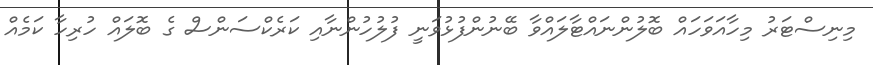
މިނިސްޓަރު މިހާއަވަހައް ބޮލުންނައްޓާލައްވާ ބޭނުންފުޅުވަނީ ފުލުހުންނާއި ކަރެކްސަންސް ގެ ބޮލައް ހުރިހާ ކަމެއް